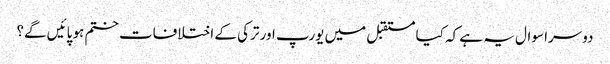
دوسرا سوال یہ ہے کہ کیا مستقبل میں یورپ اور ترکی کے اختلافات ختم ہو پائیں گے؟